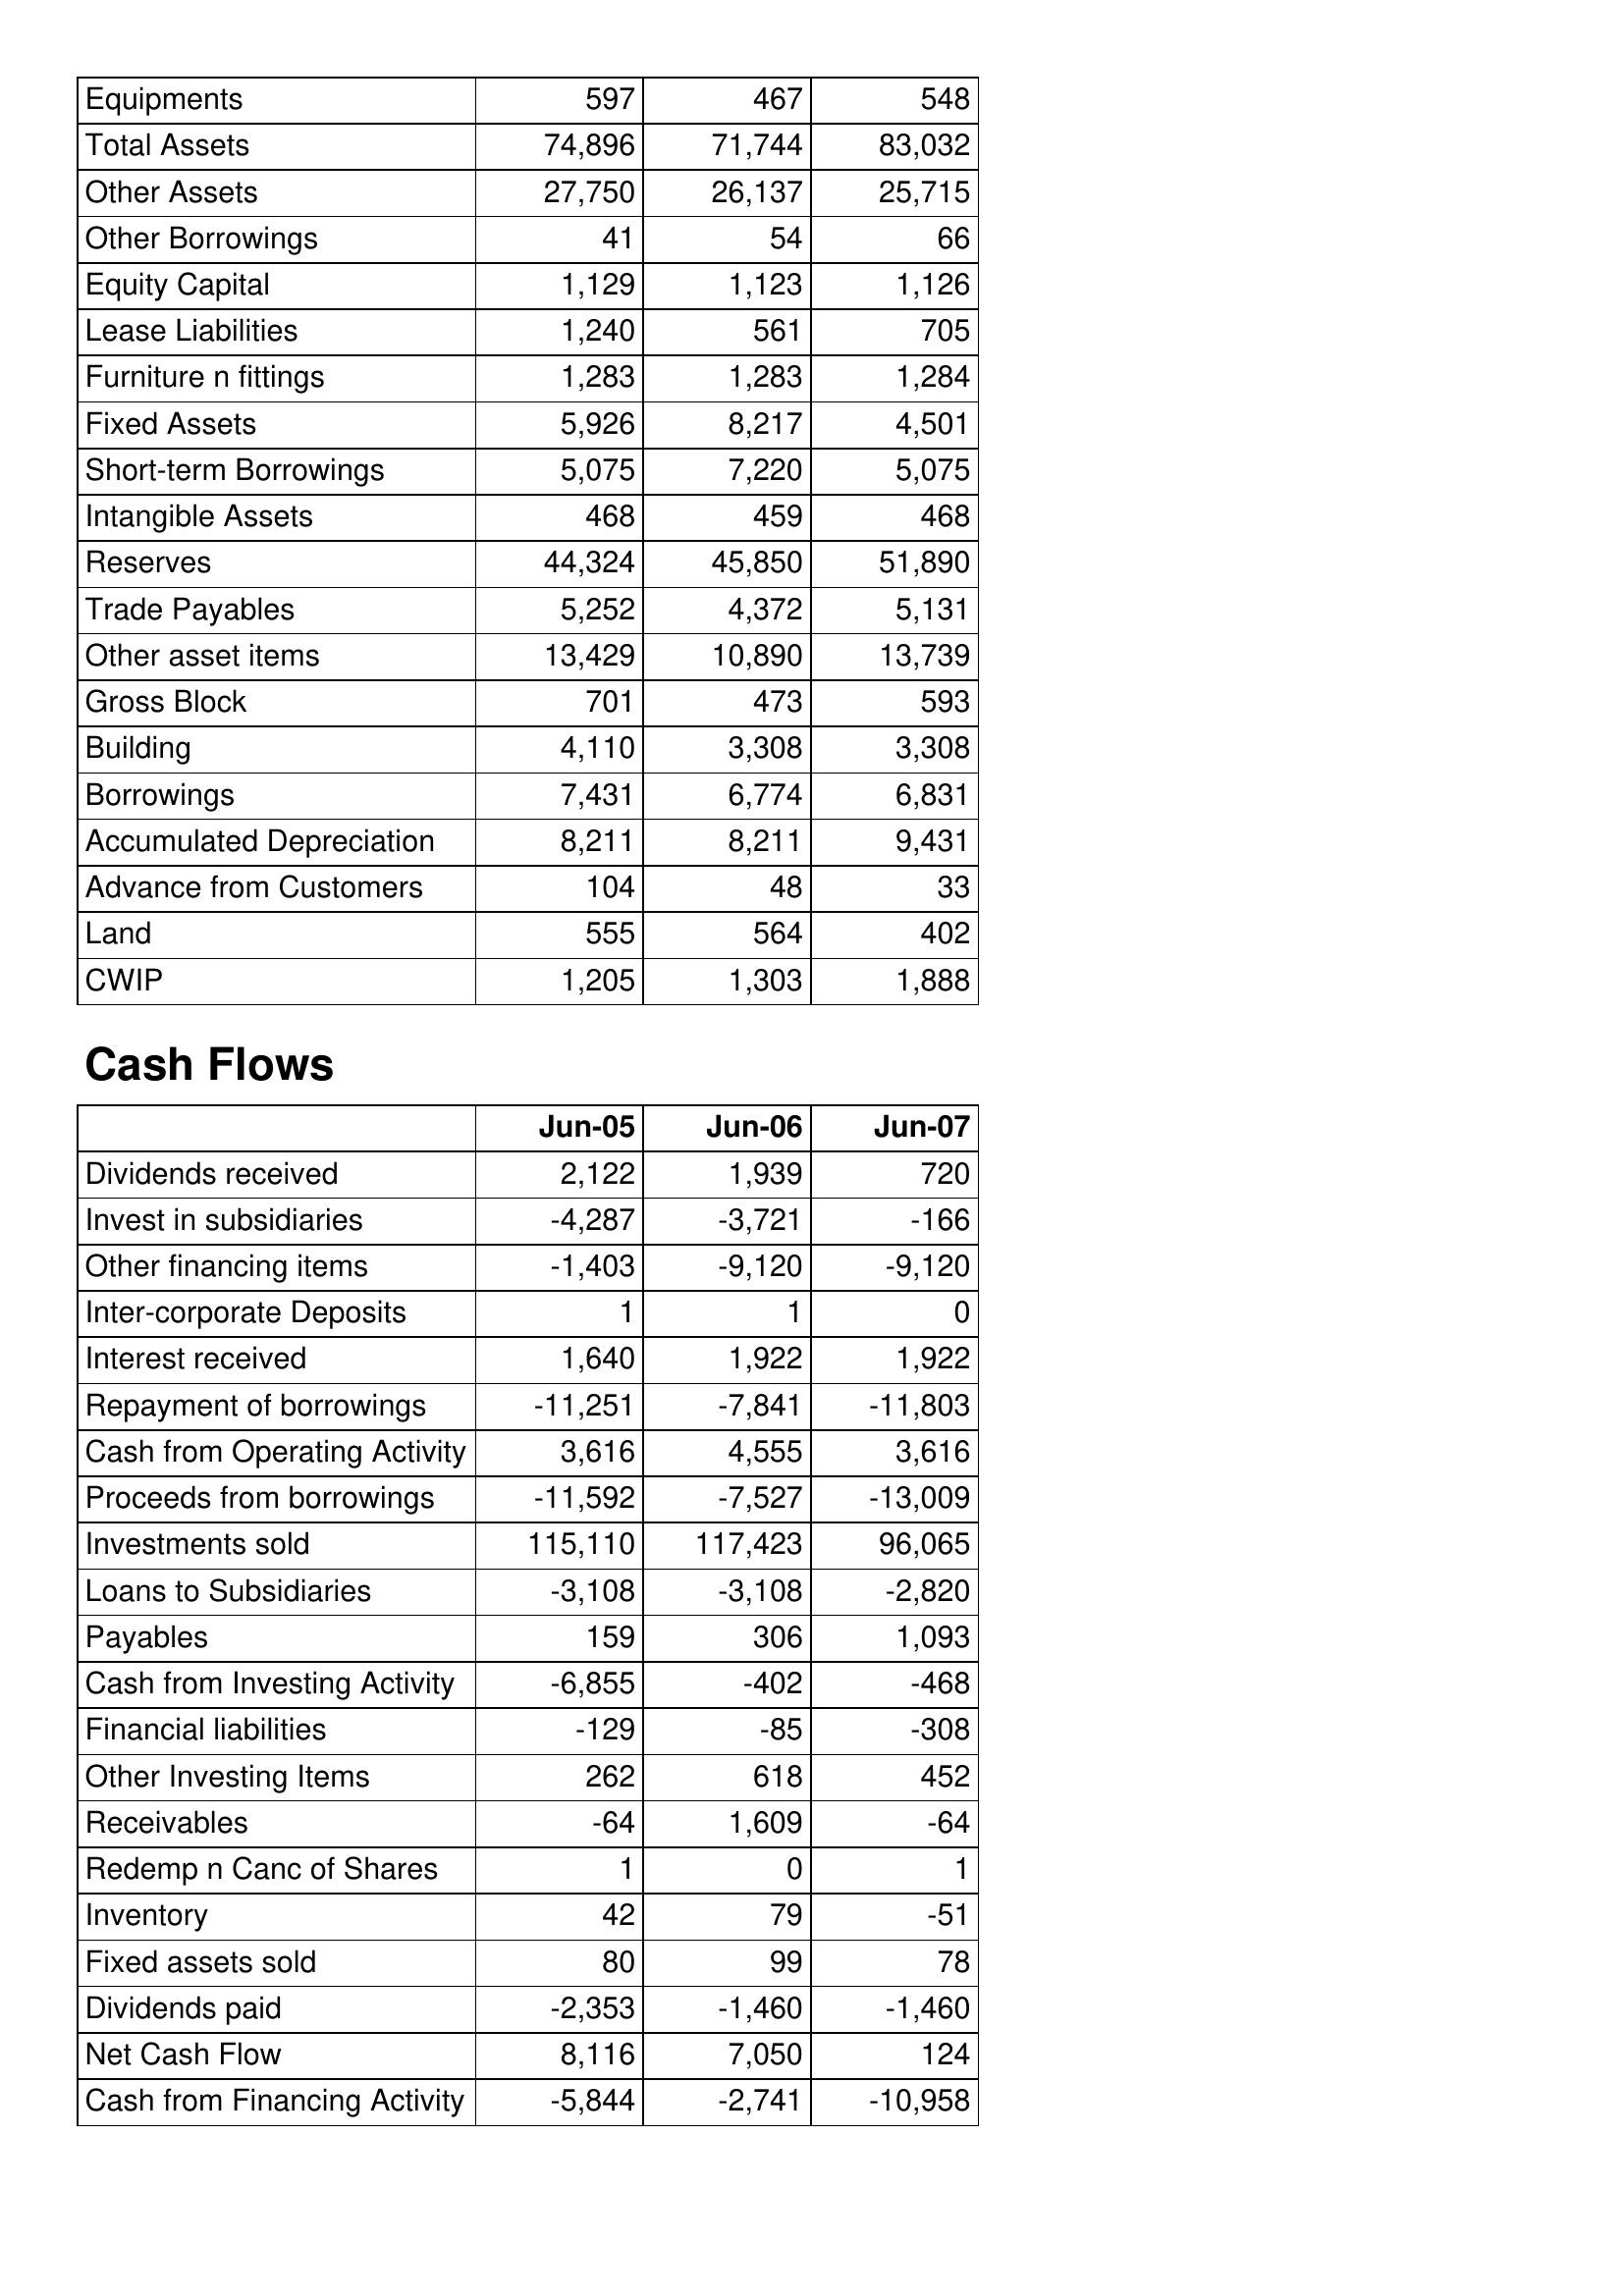
Jun-05: Balance Sheet: Equipments: 597
Total Assets: 74,896
Other Assets: 27,750
Other Borrowings: 41
Equity Capital: 1,129
Lease Liabilities: 1,240
Furniture n fittings: 1,283
Fixed Assets: 5,926
Short-term Borrowings: 5,075
Intangible Assets: 468
Reserves: 44,324
Trade Payables: 5,252
Other asset items: 13,429
Gross Block: 701
Building: 4,110
Borrowings: 7,431
Accumulated Depreciation: 8,211
Advance from Customers: 104
Land: 555
CWIP: 1,205
Cash Flows: Dividends received: 2,122
Invest in subsidiaries: -4,287
Other financing items: -1,403
Inter-corporate Deposits: 1
Interest received: 1,640
Repayment of borrowings: -11,251
Cash from Operating Activity: 3,616
Proceeds from borrowings: -11,592
Investments sold: 115,110
Loans to Subsidiaries: -3,108
Payables: 159
Cash from Investing Activity: -6,855
Financial liabilities: -129
Other Investing Items: 262
Receivables: -64
Redemp n Canc of Shares: 1
Inventory: 42
Fixed assets sold: 80
Dividends paid: -2,353
Net Cash Flow: 8,116
Cash from Financing Activity: -5,844
Jun-06: Balance Sheet: Equipments: 467
Total Assets: 71,744
Other Assets: 26,137
Other Borrowings: 54
Equity Capital: 1,123
Lease Liabilities: 561
Furniture n fittings: 1,283
Fixed Assets: 8,217
Short-term Borrowings: 7,220
Intangible Assets: 459
Reserves: 45,850
Trade Payables: 4,372
Other asset items: 10,890
Gross Block: 473
Building: 3,308
Borrowings: 6,774
Accumulated Depreciation: 8,211
Advance from Customers: 48
Land: 564
CWIP: 1,303
Cash Flows: Dividends received: 1,939
Invest in subsidiaries: -3,721
Other financing items: -9,120
Inter-corporate Deposits: 1
Interest received: 1,922
Repayment of borrowings: -7,841
Cash from Operating Activity: 4,555
Proceeds from borrowings: -7,527
Investments sold: 117,423
Loans to Subsidiaries: -3,108
Payables: 306
Cash from Investing Activity: -402
Financial liabilities: -85
Other Investing Items: 618
Receivables: 1,609
Redemp n Canc of Shares: 0
Inventory: 79
Fixed assets sold: 99
Dividends paid: -1,460
Net Cash Flow: 7,050
Cash from Financing Activity: -2,741
Jun-07: Balance Sheet: Equipments: 548
Total Assets: 83,032
Other Assets: 25,715
Other Borrowings: 66
Equity Capital: 1,126
Lease Liabilities: 705
Furniture n fittings: 1,284
Fixed Assets: 4,501
Short-term Borrowings: 5,075
Intangible Assets: 468
Reserves: 51,890
Trade Payables: 5,131
Other asset items: 13,739
Gross Block: 593
Building: 3,308
Borrowings: 6,831
Accumulated Depreciation: 9,431
Advance from Customers: 33
Land: 402
CWIP: 1,888
Cash Flows: Dividends received: 720
Invest in subsidiaries: -166
Other financing items: -9,120
Inter-corporate Deposits: 0
Interest received: 1,922
Repayment of borrowings: -11,803
Cash from Operating Activity: 3,616
Proceeds from borrowings: -13,009
Investments sold: 96,065
Loans to Subsidiaries: -2,820
Payables: 1,093
Cash from Investing Activity: -468
Financial liabilities: -308
Other Investing Items: 452
Receivables: -64
Redemp n Canc of Shares: 1
Inventory: -51
Fixed assets sold: 78
Dividends paid: -1,460
Net Cash Flow: 124
Cash from Financing Activity: -10,958